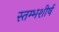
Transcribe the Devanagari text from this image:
स्तम्भशीर्ष